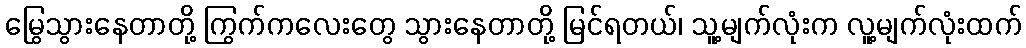
မြွေသွားနေတာတို့ ကြွက်ကလေးတွေ သွားနေတာတို့ မြင်ရတယ်၊ သူ့မျက်လုံးက လူ့မျက်လုံးထက်